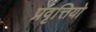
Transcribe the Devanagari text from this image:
प्रवृत्तियो